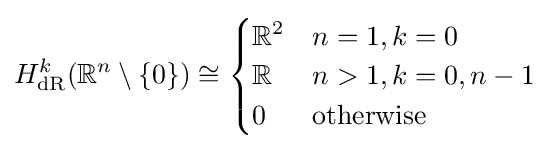
H_{\text{dR}}^{k}(\mathbb {R} ^{n}\setminus \{0\})\cong {\begin{cases}\mathbb {R} ^{2}&n=1,k=0\\\mathbb {R} &n>1,k=0,n-1\\0&{\text{otherwise}}\end{cases}}